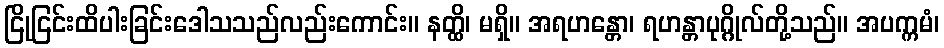
ငြိုငြင်းထိပါးခြင်းဒေါသသည်လည်းကောင်း။ နတ္ထိ၊ မရှိ။ အရဟန္တော၊ ရဟန္တာပုဂ္ဂိုလ်တို့သည်။ အပက္ကမံ၊